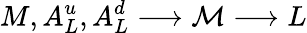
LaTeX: M,A_{L}^{u},A_{L}^{d}\longrightarrow\mathcal{M}\longrightarrow L